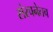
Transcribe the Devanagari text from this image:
संरचनेतच